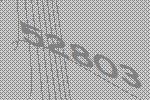
52803